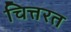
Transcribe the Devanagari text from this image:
चित्तरत